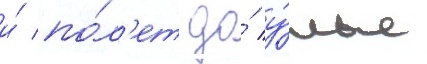
и́ по́л'ет до́ у́лья